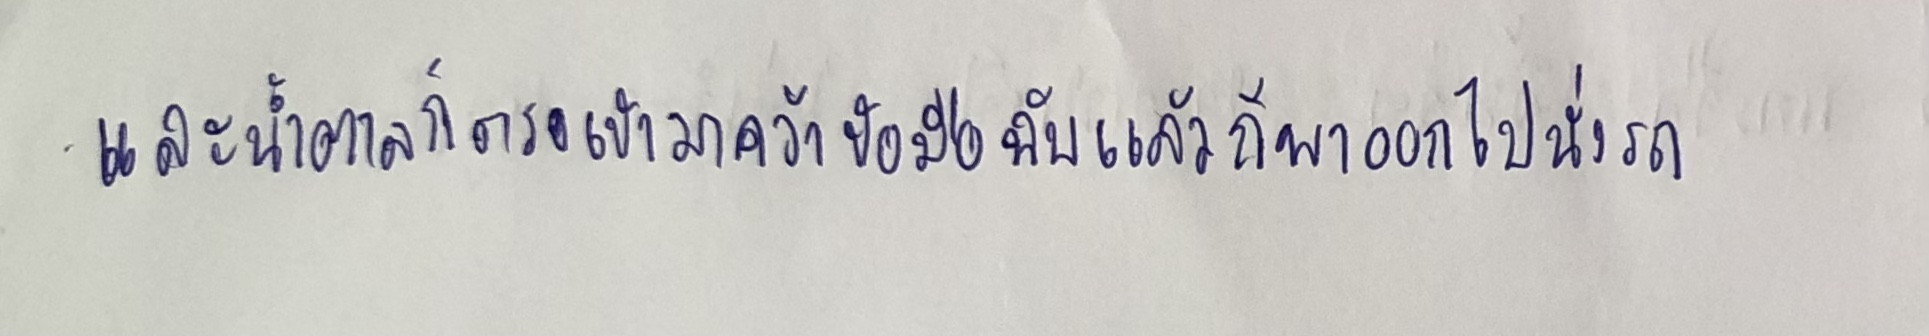
และน้ำตาลก็ตรงเข้ามาคว้าข้อมือฉับแล้วก็พาออกไปนั่งรถ